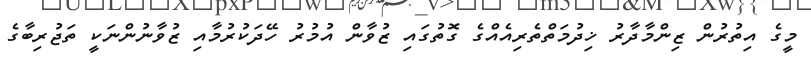
މީގެ އިތުރުން ޒިންމާދާރު ޚިދުމަތްތެރިއެއްގެ ގޮތުގައި ޒުވާން އުމުރު ހޭދަކުރުމާއި ޒުވާނުންނަކީ ތަޖުރިބާގެ